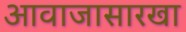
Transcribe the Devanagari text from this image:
आवाजासारखा